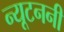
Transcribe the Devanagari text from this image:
न्यूटननी